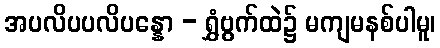
အပလိပပလိပန္နော - ရွှံဗွက်ထဲ၌ မကျမနစ်ပါမူ၊